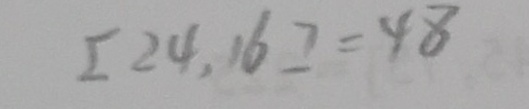
[ 2 4 , 1 6 ] = 4 8